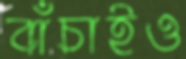
বাঁচাইও